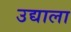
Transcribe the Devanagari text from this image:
उद्याला